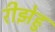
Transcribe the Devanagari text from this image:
रीझेहु